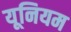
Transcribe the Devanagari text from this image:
यूनियम